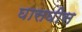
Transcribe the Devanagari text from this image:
घासघीस